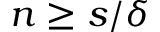
n \ge s / \delta